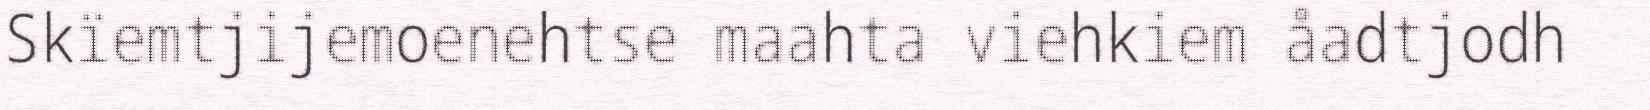
Skïemtjijemoenehtse maahta viehkiem åadtjodh